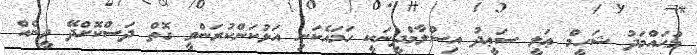
މުޙައްމަދު ޝަހީމް ޢަލީ ސަޢީދު އިސްލާމްދީނަކީ ހަމައެކަނި އަޅުކަންކުރަންވީ ގޮތް ދަސްކޮށްދޭ ދީނެއް